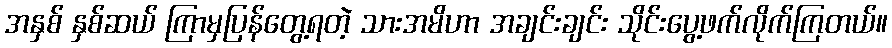
အနှစ် နှစ်ဆယ် ကြာမှပြန်တွေ့ရတဲ့ သားအမိဟာ အချင်းချင်း သိုင်းပွေ့ဖက်လိုက်ကြတယ်။